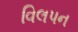
વિલપન